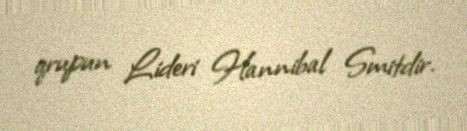
qrupun Lideri Hannibal Smitdir.